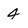
Character: 4